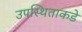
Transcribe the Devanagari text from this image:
उपस्थिताकडे